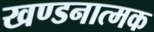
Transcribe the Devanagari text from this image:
खण्डनात्मक